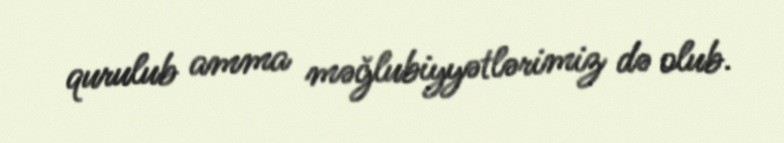
qurulub amma məğlubiyyətlərimiz də olub.